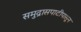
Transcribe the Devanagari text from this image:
समुद्रासपाटीपासून